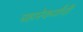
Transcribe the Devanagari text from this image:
पहारेकर्यांची